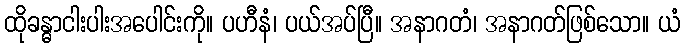
ထိုခန္ဓာငါးပါးအပေါင်းကို။ ပဟီနံ၊ ပယ်အပ်ပြီ။ အနာဂတံ၊ အနာဂတ်ဖြစ်သော။ ယံ